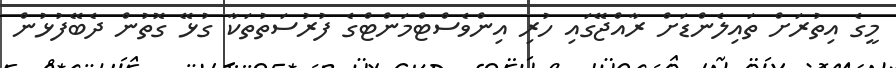
މީގެ އިތުރަށް ތައިލެންޑަށް ރާއްޖޭގައި ހުރި އިންވެސްޓްމަންޓްގެ ފުރުސަތުތަކާ ގުޅޭ ގޮތުން ދެބޭފުޅުން